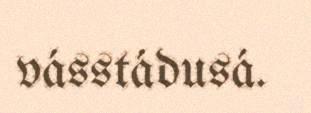
vásstádusá.